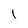
Character: l